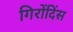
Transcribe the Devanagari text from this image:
गिरोंदिंस